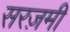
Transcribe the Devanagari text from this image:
सरज़मी